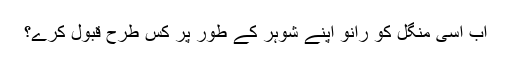
اب اسی منگل کو رانو اپنے شوہر کے طور پر کس طرح قبول کرے؟